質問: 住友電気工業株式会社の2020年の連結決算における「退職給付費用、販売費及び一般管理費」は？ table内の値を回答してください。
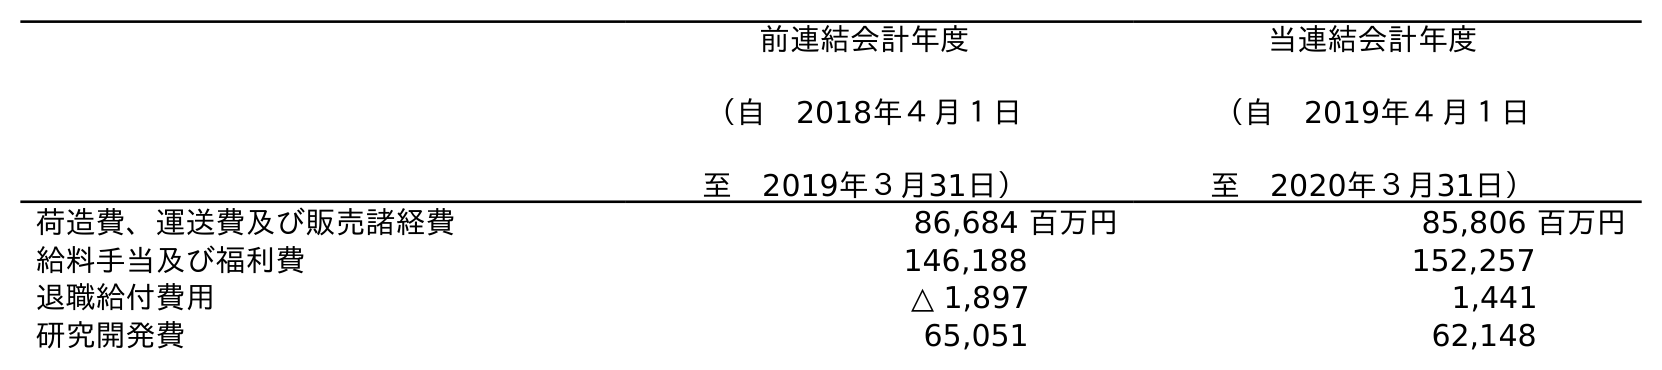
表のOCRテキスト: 前連結会計年度 （自 2018年４月１日 至 2019年３月31日） 当連結会計年度 （自 2019年４月１日 至 2020年３月31日） 荷造費、運送費及び販売諸経費 86,684 百万円 85,806 百万円 給料手当及び福利費 146,188 152,257 退職給付費用 △ 1,897 1,441 研究開発費 65,051 62,148
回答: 1,441